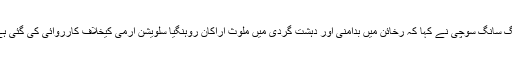
آنگ سانگ سوچی نے کہا کہ رخائن میں بدامنی اور دہشت گردی میں ملوث اراکان روہنگیا سلویشن آرمی کیخلاف کارروائی کی گئی ہے۔